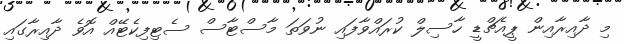
މި ދާއިރާއިން ޕީއެޗްޑީ ހާސިލް ކުރައްވާފައި ނުވަތަ މާސްޓާސް ސެޓިފިކެޓޭއް އޮވެ ދާއިރާގައި